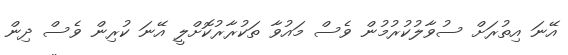
އޭނަ އިތުރަށް ސުވާލުކުރުމުން ވެސް މައުވާ ތަކުރާރުކޮށްލީ އޭނަ ކުރިން ވެސް ދިން